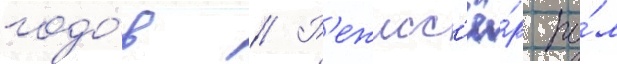
годо́в // Р'ежисс'ё́р по́л